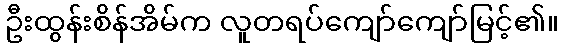
ဦးထွန်းစိန်အိမ်က လူတရပ်ကျော်ကျော်မြင့်၏။